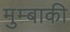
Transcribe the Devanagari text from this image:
मुम्बाकी